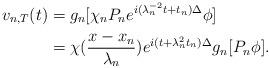
LaTeX: \begin{align*} v_{n,T}(t)&=g_n[\chi_nP_ne^{i(\lambda_n^{-2}t+t_n)\Delta}\phi]\\ &=\chi(\frac{x-x_n}{\lambda_n})e^{i(t+\lambda_n^2t_n)\Delta}g_n[P_n\phi]. \end{align*}